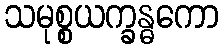
သမုစ္စယက္ခန္ဓကော